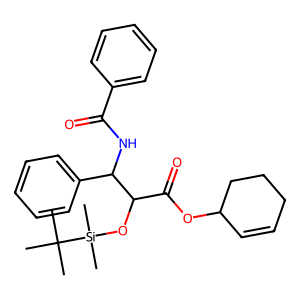
SMILES: CC(C)(C)[Si](C)(C)OC(C(=O)OC1C=CCCC1)C(NC(=O)c1ccccc1)c1ccccc1
Inhibits HIV replication: No